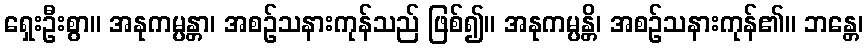
ရှေးဦးစွာ။ အနုကမ္ပန္တာ၊ အစဉ်သနားကုန်သည် ဖြစ်၍။ အနုကမ္ပန္တိ၊ အစဉ်သနားကုန်၏။ ဘန္တေ၊